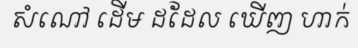
សំណៅ ដើម ដដែល ឃើញ ហាក់